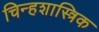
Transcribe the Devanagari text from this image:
चिन्हशास्त्रिक